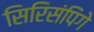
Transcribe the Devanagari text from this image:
सिरिसंपिगे